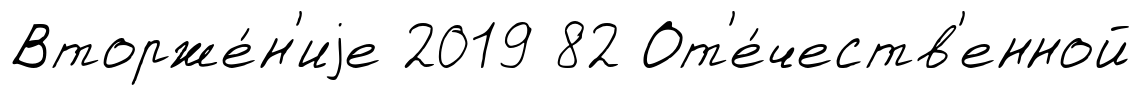
Вторже́н'иjе 2019 82 От'е́честв'енной